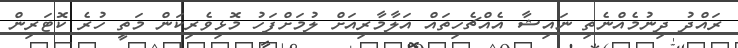
ރައްދު ދިނުމެއްނެތި ނައިޝާ އެއްޗެހިތައް އަލާމާރިއަށް ލުމަށްފަހު މޮޅިވެރިކަން މަތީ ހުރެ ކޮޓަރިން